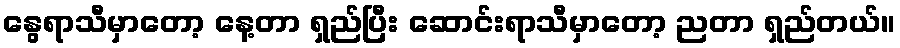
နွေရာသီမှာတော့ နေ့တာ ရှည်ပြီး ဆောင်းရာသီမှာတော့ ညတာ ရှည်တယ်။